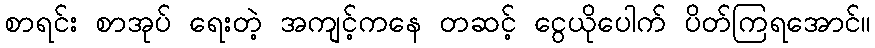
စာရင်း စာအုပ် ရေးတဲ့ အကျင့်ကနေ တဆင့် ငွေယိုပေါက် ပိတ်ကြရအောင်။